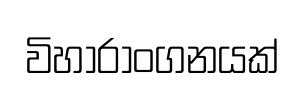
විහාරාංගනයක්